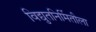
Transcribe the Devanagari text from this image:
विद्युतनिर्मितीला